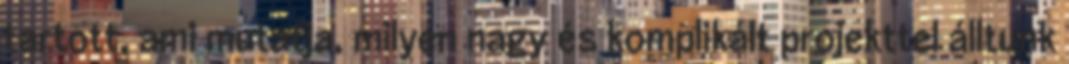
tartott, ami mutatja, milyen nagy és komplikált projekttel álltunk